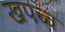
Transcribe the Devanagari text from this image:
खपच्च